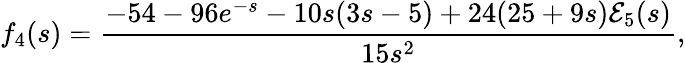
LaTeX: f_{4}(s)=\frac{-54-96e^{-s}-10s(3s-5)+24(25+9s){\cal E}_{5}(s)}{15s^{2}},